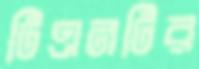
টিএনটির